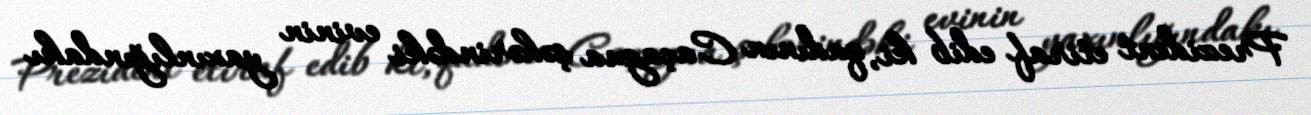
Prezident etiraf edib ki, qadının Caçagua şəhərindəki evinin yaxınlığındakı